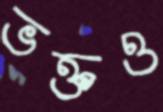
ভক্তও